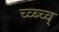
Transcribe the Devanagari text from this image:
च्व्ब्च्व्